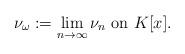
LaTeX: \begin{align*}\nu_\omega:=\displaystyle\lim_{n\rightarrow\infty}\nu_n\mbox{ on }K[x].\end{align*}